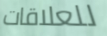
للعلاقات